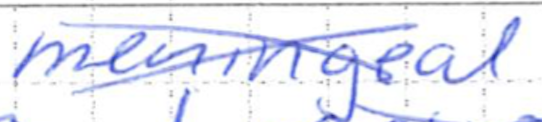
Text: meningeal
Cross-out: cross
Writing tool: ballpoint